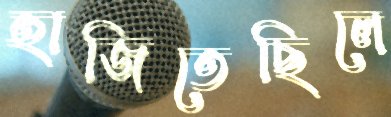
হাজিতেছিলে